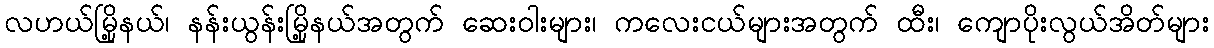
လဟယ်မြို့နယ်၊ နန်းယွန်းမြို့နယ်အတွက် ဆေးဝါးများ၊ ကလေးငယ်များအတွက် ထီး၊ ကျောပိုးလွယ်အိတ်များ